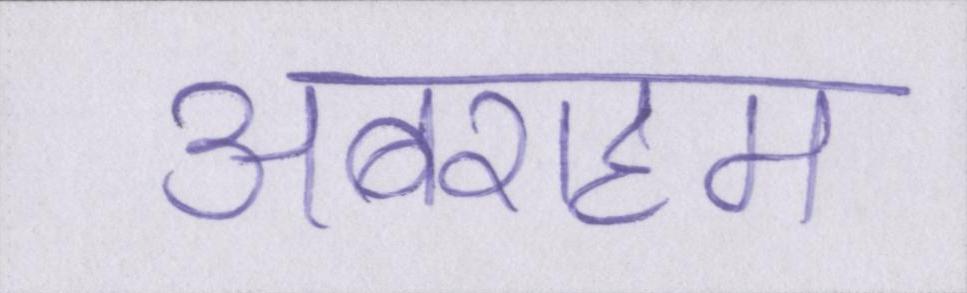
अबराहम